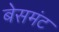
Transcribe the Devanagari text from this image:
बेसमंट